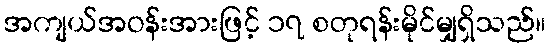
အကျယ်အဝန်းအားဖြင့် ၁၇ စတုရန်းမိုင်မျှရှိသည်။